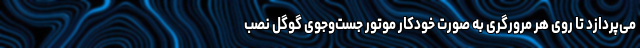
می‌پردازد تا روی هر مرورگری به صورت خودکار موتور جست‌وجوی گوگل نصب